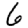
Digit: 6